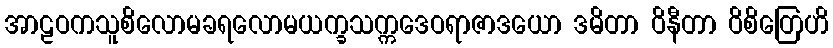
အာဠဝကသူစိလောမခရလောမယက္ခသက္ကဒေဝရာဇာဒယော ဒမိတာ ဝိနီတာ ဝိစိတြေဟိ